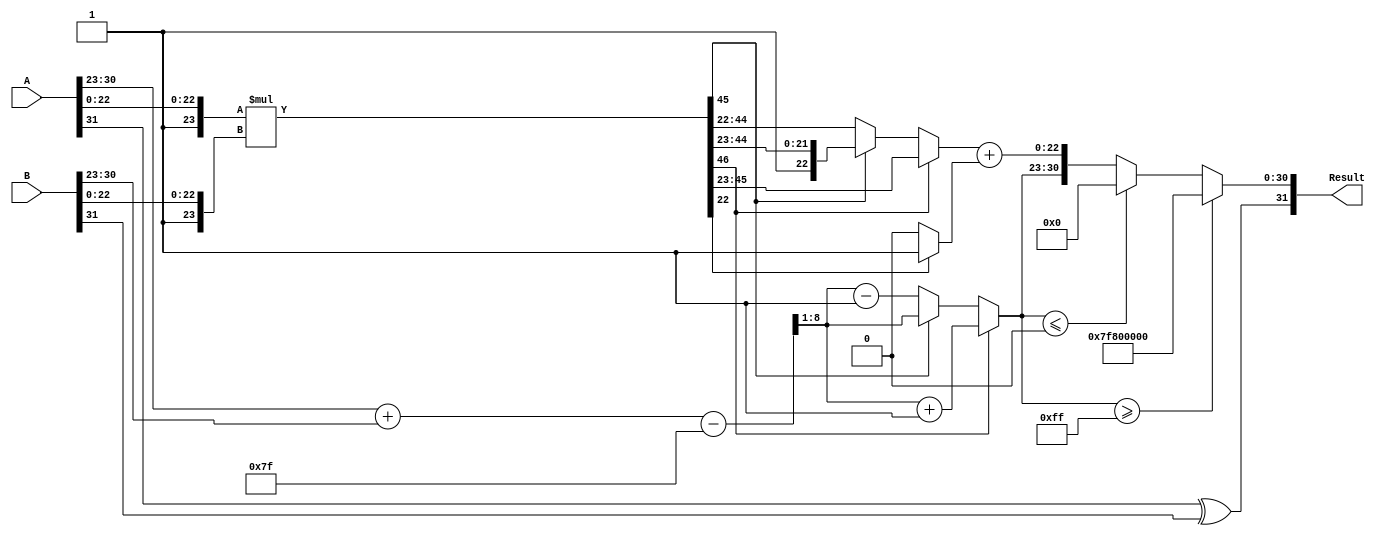
module floating_point_multiplier (
    input  wire [31:0] A, // First 32-bit floating-point number
    input  wire [31:0] B, // Second 32-bit floating-point number
    output reg  [31:0] Result // Resulting 32-bit floating-point product
);

    // Constants
    localparam BIAS = 8'd127;
    localparam EXPONENT_BITS = 8;
    localparam FRACTION_BITS = 23;

    // Decomposition of inputs
    wire S_A = A[31]; // Sign of A
    wire [EXPONENT_BITS-1:0] E_A = A[30:23]; // Exponent of A
    wire [FRACTION_BITS-1:0] F_A = A[22:0]; // Fraction of A

    wire S_B = B[31]; // Sign of B
    wire [EXPONENT_BITS-1:0] E_B = B[30:23]; // Exponent of B
    wire [FRACTION_BITS-1:0] F_B = B[22:0]; // Fraction of B

    // Sign calculation
    wire S_R = S_A ^ S_B; // Result sign

    // Exponent calculation
    wire [EXPONENT_BITS:0] E_R_raw = {1'b0, E_A} + {1'b0, E_B} - BIAS; // Raw exponent
    wire [EXPONENT_BITS-1:0] E_R = E_R_raw[EXPONENT_BITS:1]; // Result exponent (truncated)

    // Fraction multiplication
    wire [FRACTION_BITS*2:0] F_R_raw = {1'b1, F_A} * {1'b1, F_B}; // Multiply fractions with implicit leading 1
    wire [FRACTION_BITS*2:0] F_R = F_R_raw; // Result fraction (before normalization)

    // Normalization
    reg [FRACTION_BITS-1:0] F_Norm;
    reg [EXPONENT_BITS-1:0] E_Norm;
    reg [1:0] shift_count;

    always @(*) begin
        if (F_R[FRACTION_BITS*2] == 1) begin
            // Normalized case
            F_Norm = F_R[FRACTION_BITS*2-1:FRACTION_BITS]; // Take the top 23 bits
            E_Norm = E_R + 1; // Increment exponent
            shift_count = 0;
        end else if (F_R[FRACTION_BITS*2-1] == 1) begin
            // Normalized case (shift right)
            F_Norm = F_R[FRACTION_BITS*2-1:FRACTION_BITS]; // Take the top 23 bits
            E_Norm = E_R; // Keep exponent
            shift_count = 0;
        end else begin
            // Denormalized case
            F_Norm = F_R[FRACTION_BITS*2-2:FRACTION_BITS-1]; // Shift right
            E_Norm = E_R - 1; // Decrement exponent
            shift_count = 1;
        end
    end

    // Rounding (round to nearest)
    wire round_bit = F_R[FRACTION_BITS-1]; // Bit to determine rounding
    wire [FRACTION_BITS-1:0] F_Rounded = F_Norm + (round_bit ? 1'b1 : 1'b0);

    // Overflow and underflow handling
    always @(*) begin
        if (E_Norm >= 8'd255) begin
            // Overflow
            Result = {S_R, 8'd255, 23'b0}; // Set to infinity
        end else if (E_Norm <= 8'd0) begin
            // Underflow
            Result = {S_R, 8'd0, 23'b0}; // Set to zero
        end else begin
            // Assemble result
            Result = {S_R, E_Norm, F_Rounded[FRACTION_BITS-1:0]};
        end
    end

endmodule